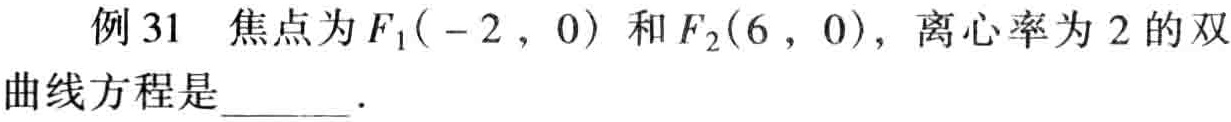
例 31 焦点为 \(F_1(-2,0)\) 和 \(F_2(6,0)\)，离心率为 2 的双曲线方程是  ．